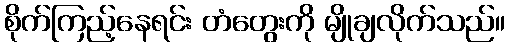
စိုက်ကြည့်နေရင်း တံတွေးကို မျိုချလိုက်သည်။